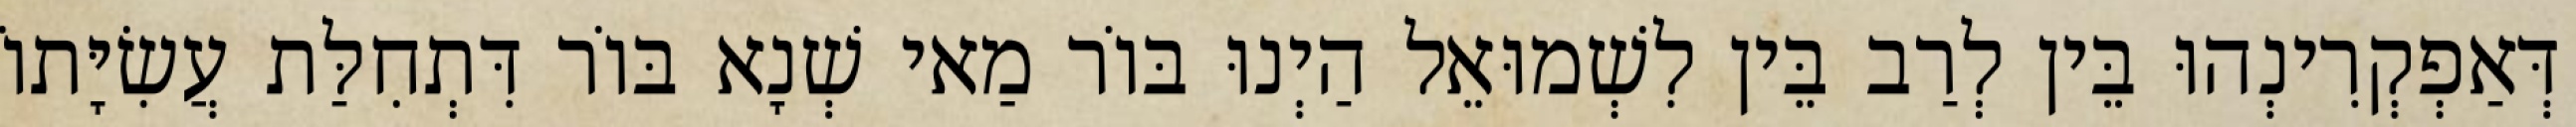
דְּאַפְקְרִינְהוּ בֵּין לְרַב בֵּין לִשְׁמוּאֵל הַיְנוּ בּוֹר מַאי שְׁנָא בּוֹר דִּתְחִלַּת עֲשִׂיָּתוֹ